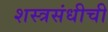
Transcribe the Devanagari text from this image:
शस्त्रसंधीची